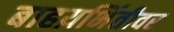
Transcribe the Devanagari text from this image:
बाहय़भिंतीवर